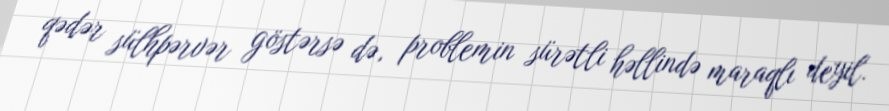
qədər sülhpərvər göstərsə də, problemin sürətli həllində maraqlı deyil.